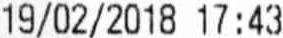
19/02/2018 17:43